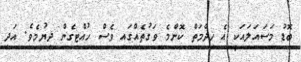
ބޮޑު މަސައަލައަކީ އެ ޚިދްމަތް ކޮންމެ ވަގުތެއްގައި ވެސް ހުއްޓިގެން ދިޔުމެވެ. އަދި